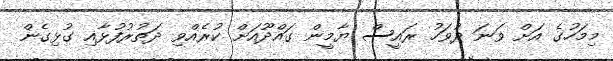
މިމަހުގެ އަށް ވަނަ ދުވަހު ރައީސް ޔާމީން ގައްދޫއަށް ކުރެއްވި ދަތުރުފުޅާއި ގުޅިގެން